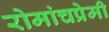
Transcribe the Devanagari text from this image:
रोमांचप्रेमी